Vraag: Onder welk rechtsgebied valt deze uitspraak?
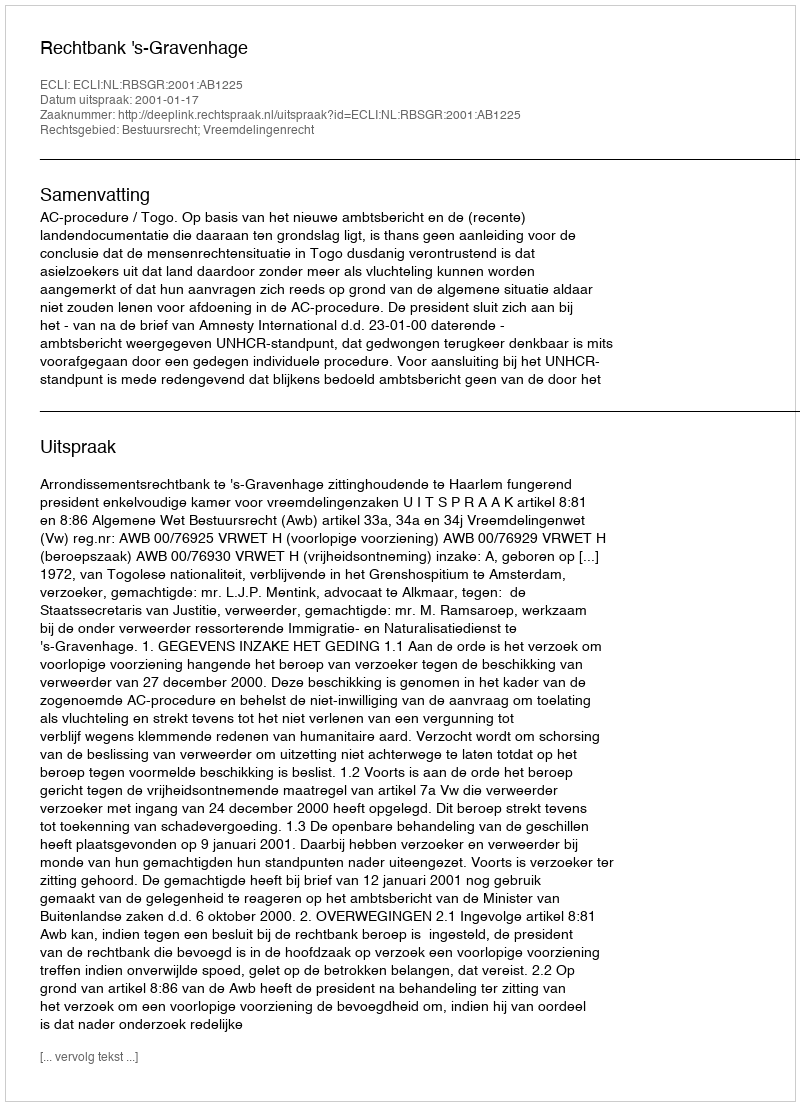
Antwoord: Bestuursrecht; Vreemdelingenrecht